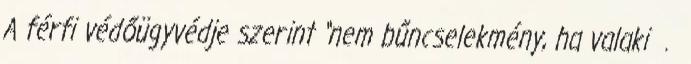
A férfi védőügyvédje szerint “nem bűncselekmény, ha valaki .